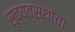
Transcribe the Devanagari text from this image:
सुव्यवस्थांचा